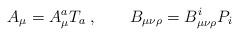
LaTeX: \begin{align*}A_{\mu} = A_{\mu}^a T_a \; , \qquad B_{\mu\nu\rho} = B_{\mu\nu\rho}^i P_i\end{align*}